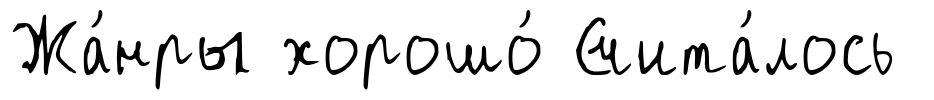
Жа́нры хорошо́ Счита́лось